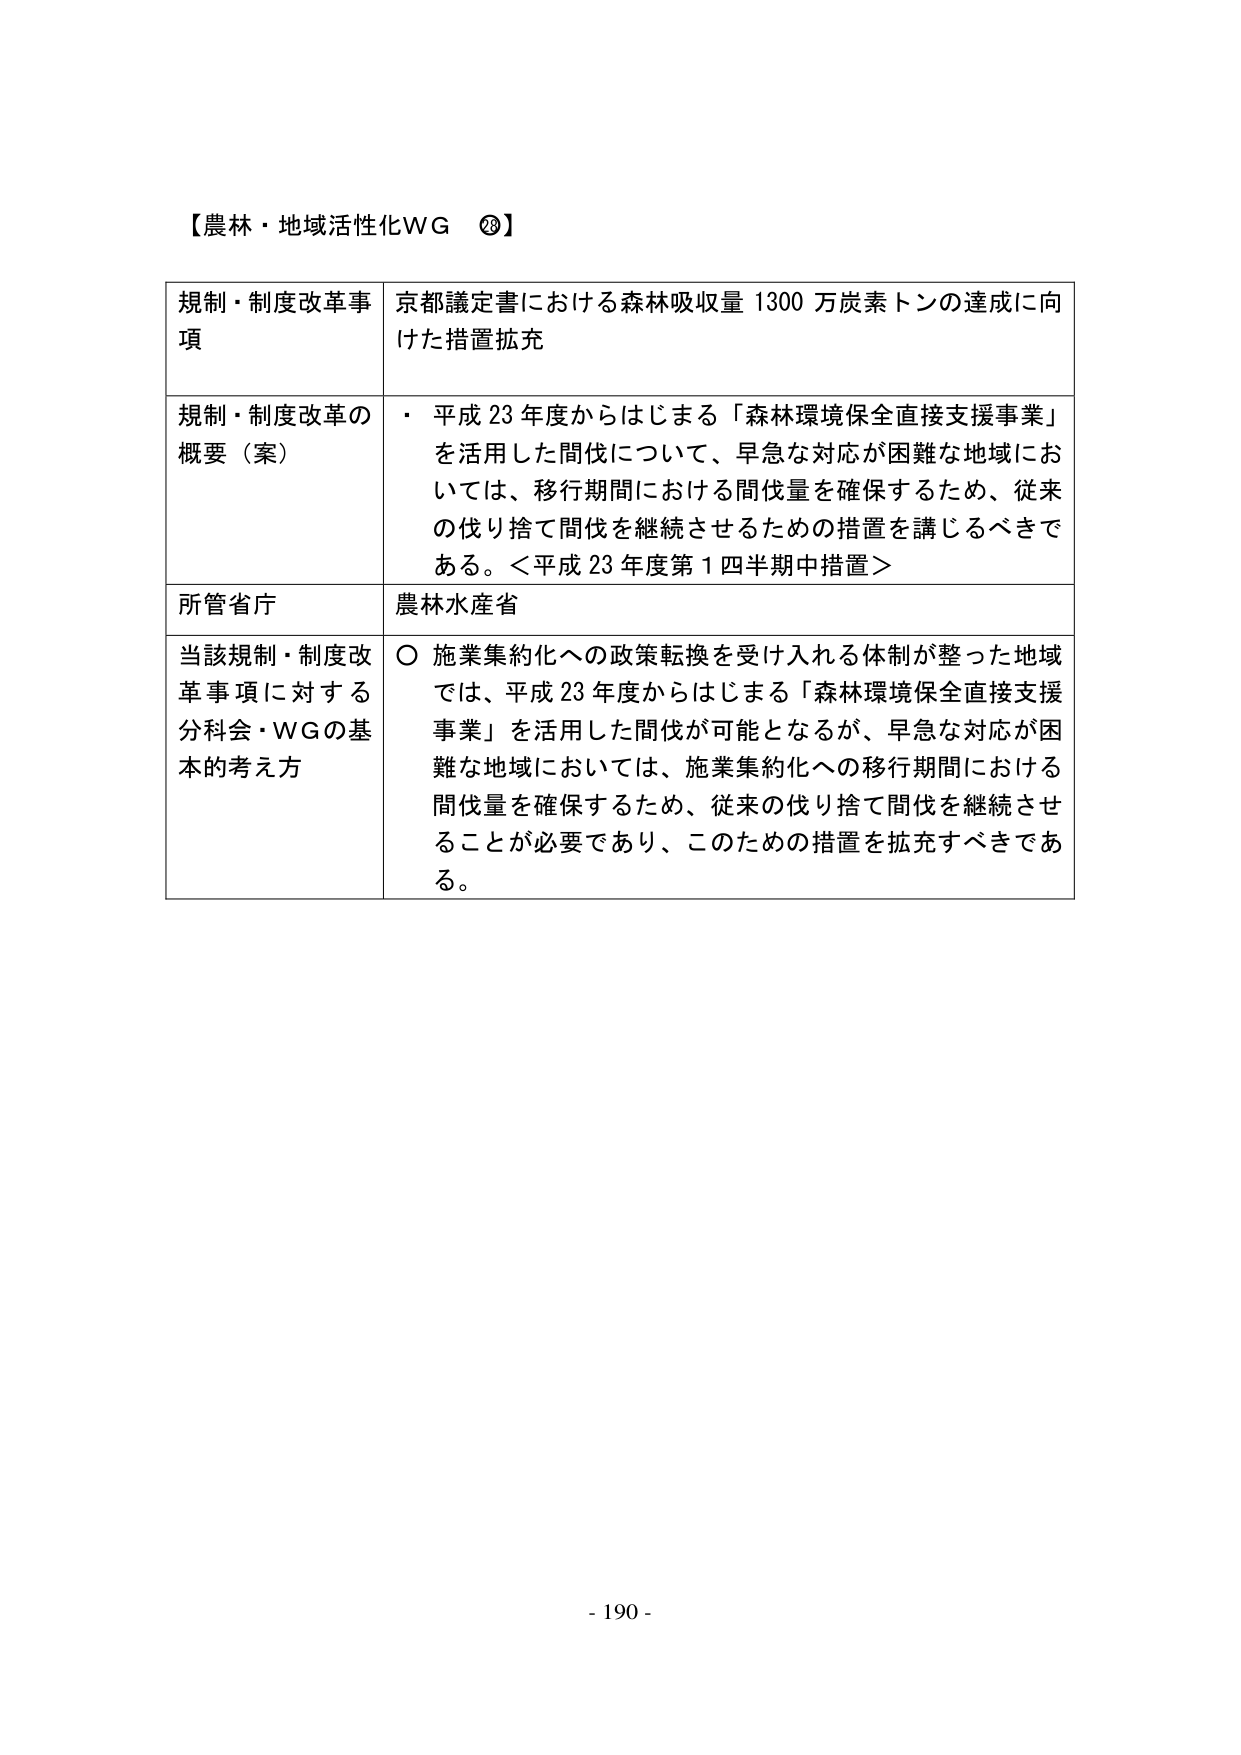
【農林・地域活性化ＷＧ ⑳】

規制・制度改革事項　京都議定書における森林吸収量 1300 万炭素トンの達成に向けた措置拡充

規制・制度改革の概要（案）　・ 平成 23 年度からはじまる「森林環境保全直接支援事業」を活用した間伐について、早急な対応が困難な地域においては、移行期間における間伐量を確保するため、従来の伐り捨て間伐を継続させるための措置を講じるべきである。＜平成 23 年度第 1 四半期中措置＞

所管省庁　農林水産省

当該規制・制度改革事項に対する分科会・ＷＧの基本的考え方　○ 施業集約化への政策転換を受け入れる体制が整った地域では、平成 23 年度からはじまる「森林環境保全直接支援事業」を活用した間伐が可能となるが、早急な対応が困難な地域においては、施業集約化への移行期間における間伐量を確保するため、従来の伐り捨て間伐を継続させることが必要であり、このための措置を拡充すべきである。

- 190 -